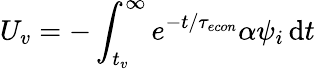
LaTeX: U_{v}=-\int_{t_{v}}^{\infty}e^{-t/{\tau_{econ}}}\alpha\psi_{i}\, \mathrm{d}t